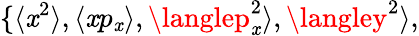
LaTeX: \{ \langle\mathit{x}^{2}\rangle,\langle\mathit{x}p_{\mathit{x}}\rangle,\langlep_{\mathit{x}}^{2}\rangle,\langley^{2}\rangle,